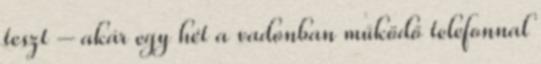
teszt – akár egy hét a vadonban működő telefonnal